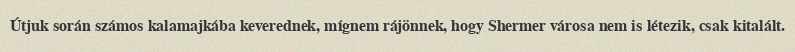
Útjuk során számos kalamajkába keverednek, mígnem rájönnek, hogy Shermer városa nem is létezik, csak kitalált.